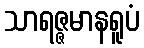
သာရဇ္ဇမာနရူပံ